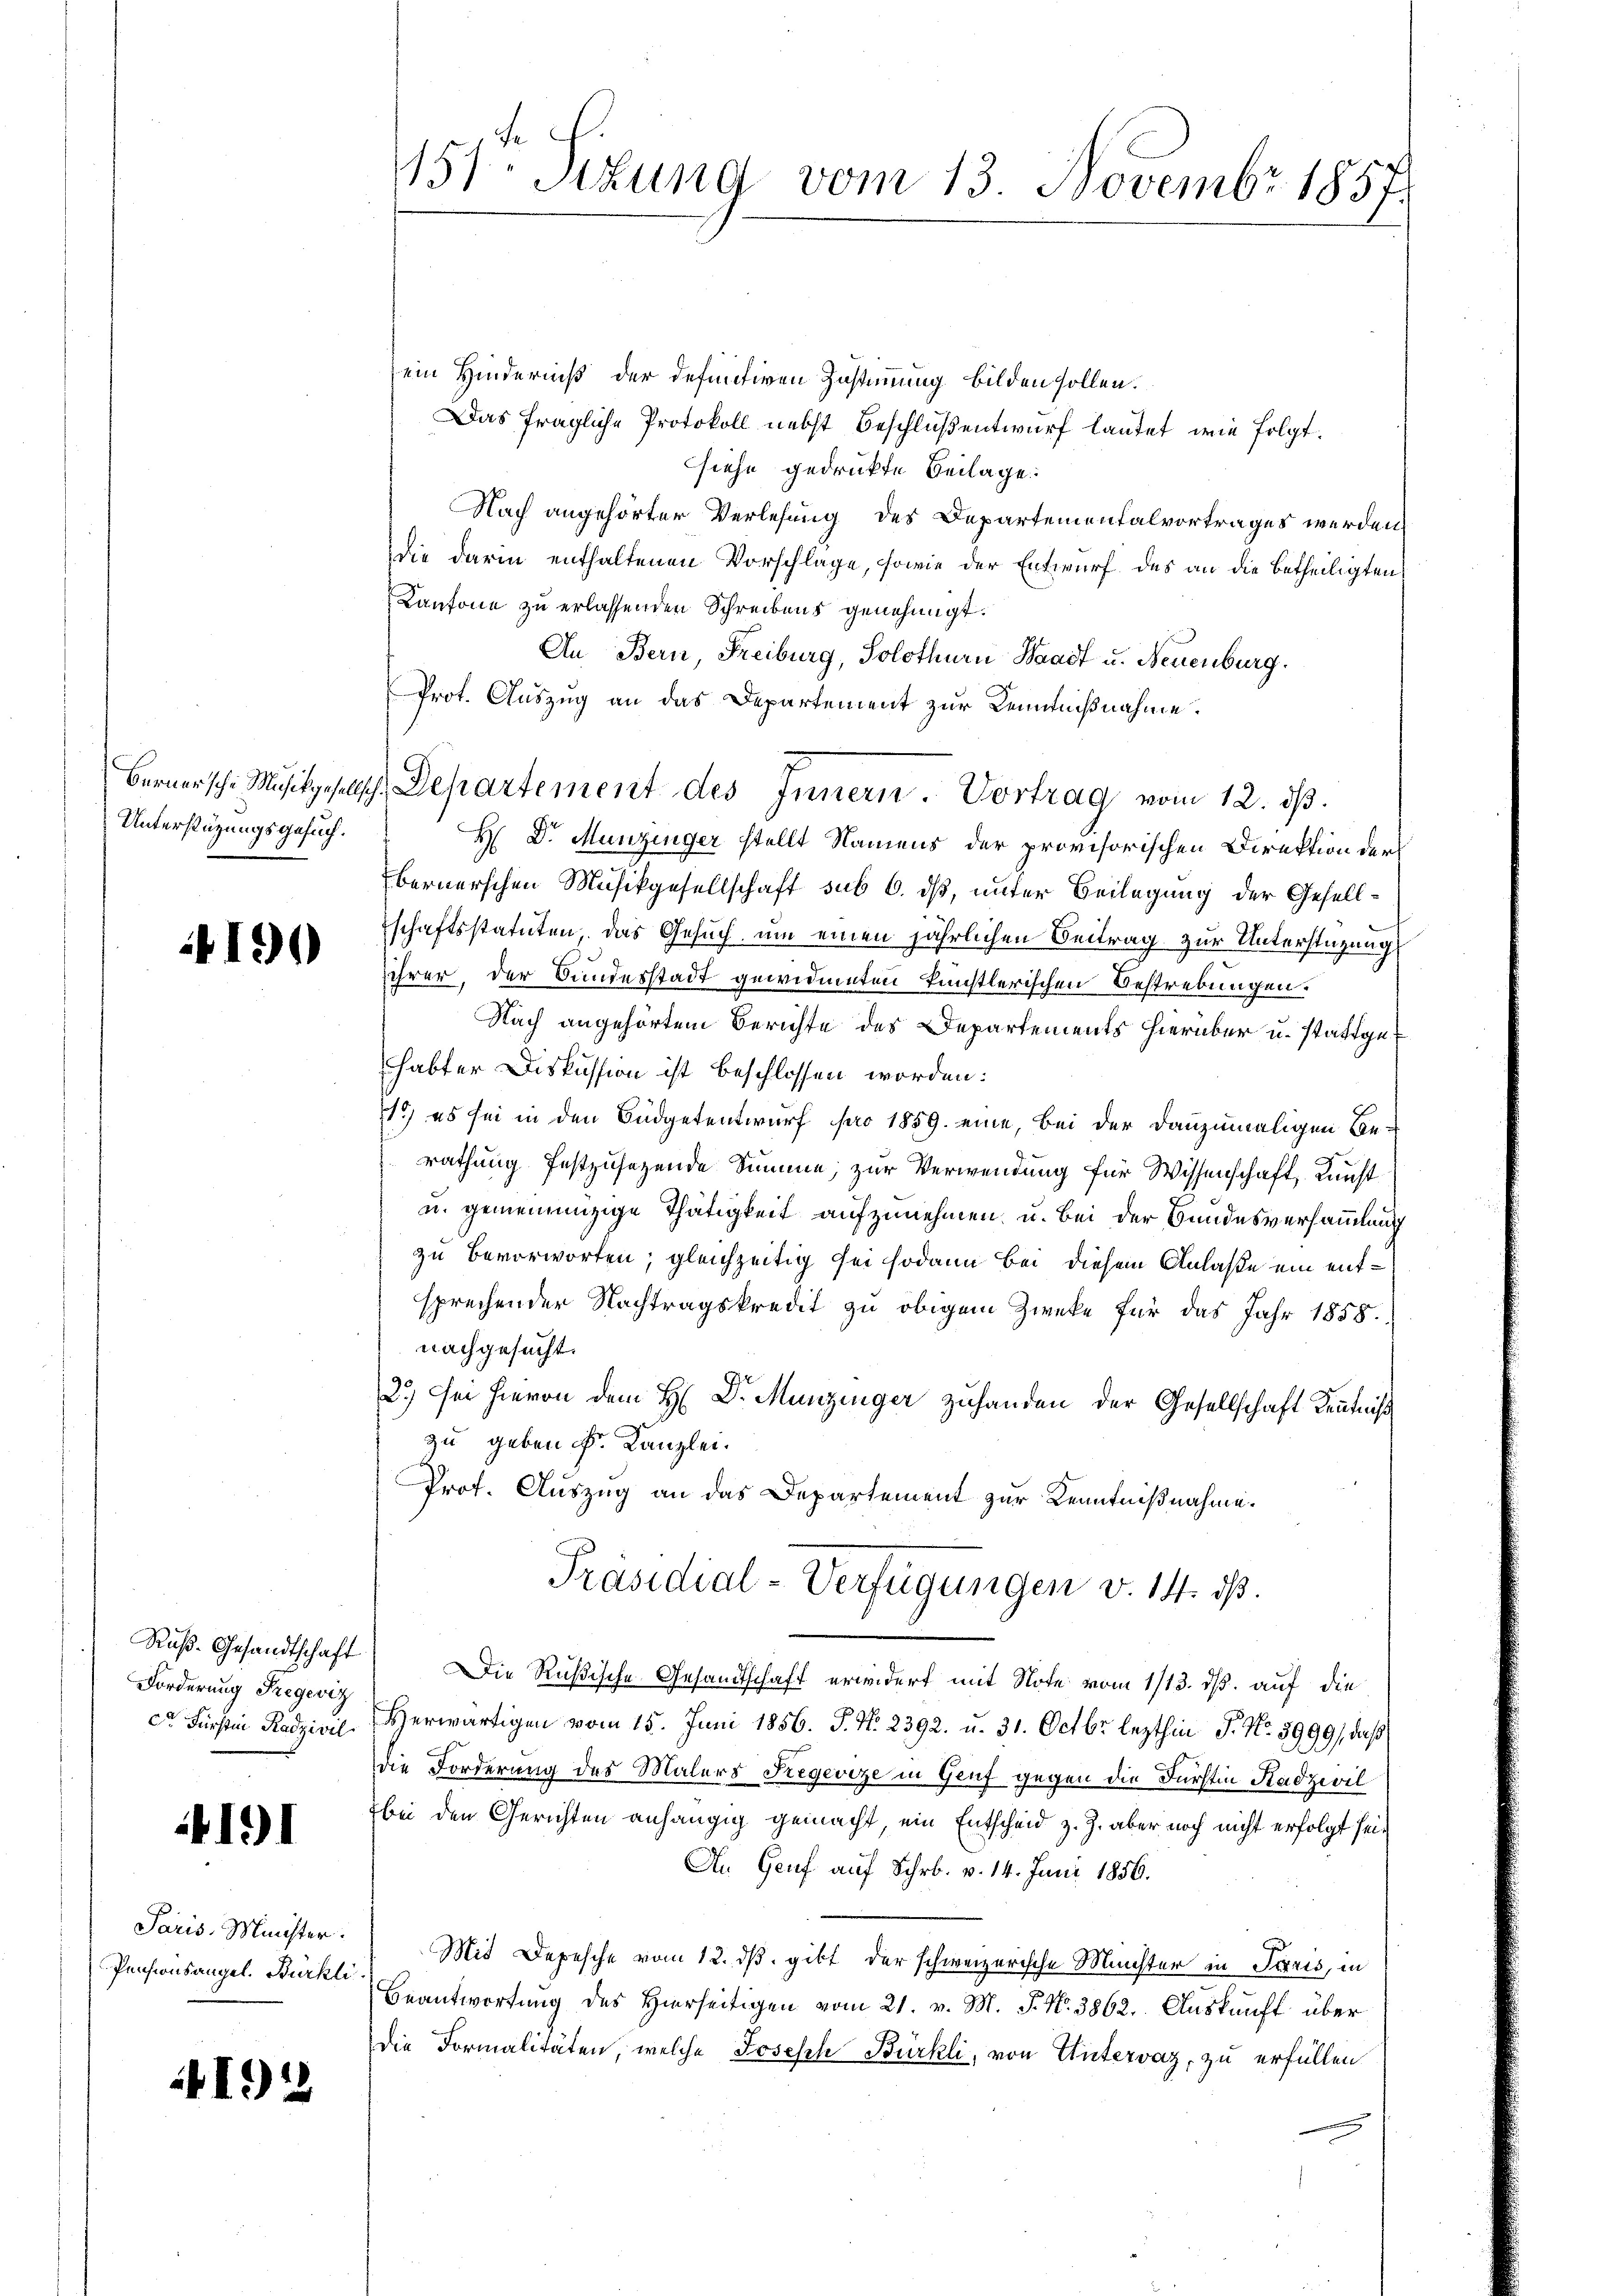
Unterstützungsgesuch.

Ruß-Gesandtschaft
Forderung Fregeviz

4191

Paris Meister.
Pensionsangel. Bürkli

192

ein Hinderniß der definitiven Zustimmung bilden sollen.
Das fragliche Protokoll nebst Beschluß entwurf lautet, wie folgt.
siehe gedruckte Beilage.
Nach angehörter Verlesung des Departementalvortrages werden
die darin enthaltenen Vorschlage, sowie der Entwurf des an die betheiligten
Kantone zu erlassenden Schreibens genehmigt.
An Bern, Freiburg, Solothurn Waadt u. Neuenburg.
Prot. Auszug an das Departement zur Kenntnißnahme.
Bernersche Musikgesellsch. Departement des Innern. Vortrag vom 12. dβ.
H D. Munzinger stellt Namens der provisorischen Direktion der
bernerschen Musikgesellschaft sub 6. dß, unter Beilagung der Gesellschaftsstatuten das Gesuch um einen jährlichen Beitrag zur Unterstüzungs
2 § 2 ihrer, der Bundesstadt gewidmeten künstlerischen Bestrebungen.
Nach angehörtem Berichte des Departements hierüber u. stattgehabter Diskussion ist beschlossen worden:
1.) es sei in den Büdgetentwurf pro 1859. eine, bei der dannzumaligen Berathung festzusetzende Summe, zur Verwendung für Wissenschaft, Kunst
u. gemeinanzige Thätigkeit aufzunehmen, u. bei der Bundesversammlung
zu bevorworten; gleichzeitig sei sodann bei diesem Anlaße ein entsprechender Nachtragskredit zu obigem Zwecke für das Jahr 1858.
nachgesucht.
2.) Sei hievon dem H. Dr. Munzinger zuhanden der Gesellschaft Kenntniß
zu geben Fr. Kanzlei.
Prof. Auszug an das Departement zur Kenntnißnahme.
Präsidial-Verfügungen v. 14. ds.
Die Rußische Gesandtschaft erwidert mit Note vom 1/13. ds. auf die
c. Fürstin Radzivil erwärtigen vom 15. Juni 1856. J. No. 2392. u. 31. Octbr. lezthin P. Nr. 5999), daß
die Forderung des Malers Stegevize in Genf gegen die Fürstin Stadzivil
bei den Gerichten anhängig gemacht, ein Entscheid z. Z. aber noch nicht erfolgt sei¬
Ah. Genf auf Schr. v. 14. Juni 1856.
Mit Depesche vom 12. dβ. gibt der schweizerische Münster in Paris, in
Beantwortung des Hierseitigen vom 21. v. M. J. N. 3862. Auskunft über
Die Formalitäten, welche Joseph Bürkli, von Untervaz, zu erfüllen

151. Situng vom 13. Novembr 1857.